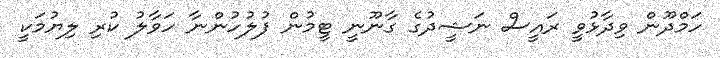
ހަމްދޫން ވިދާޅުވީ ރައީސް ނަޝީދުގެ ގާނޫނީ ޓީމުން ފުލުހުންނާ ހަވާލު ކުރި ލިޔުމަކީ